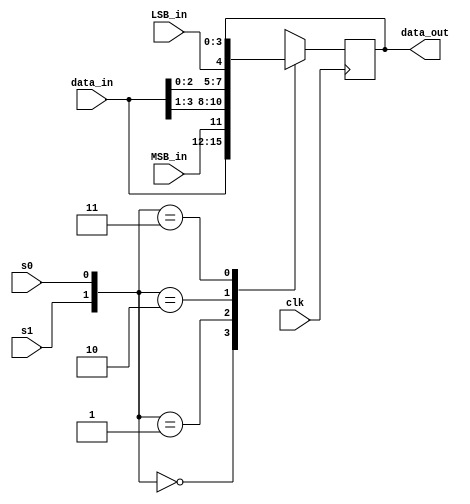
`timescale 1ns / 1ps

module shiftreg(data_in,MSB_in,LSB_in,s1,s0,clk,data_out);
	input [3:0] data_in;
	input MSB_in, LSB_in,s1, s0, clk;
	output [3:0] data_out;	
	reg [3:0] data_out_temp;

		always @ (posedge clk) begin
			case ({s1, s0})
				0 : data_out_temp [3:0] <= data_in [3:0];
				1 : data_out_temp <= { MSB_in, data_in[3:1] };
				2 : data_out_temp <= { data_in[2:0], LSB_in };
				3 : data_out_temp <= data_out;
		endcase
	end
	
	assign data_out = data_out_temp;
	

endmodule